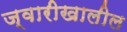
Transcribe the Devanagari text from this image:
ज्वारीखालील